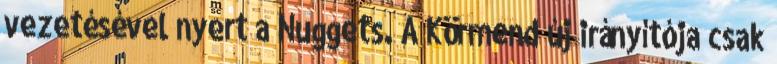
vezetésével nyert a Nuggets. A Körmend új irányítója csak